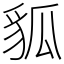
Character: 𧲲